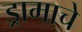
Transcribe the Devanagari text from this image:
ड्रामाचे